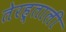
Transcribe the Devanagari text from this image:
तेरह्ताली